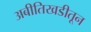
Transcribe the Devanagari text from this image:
अबीतिखडीतून